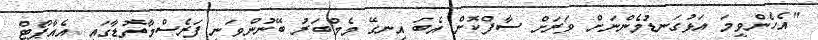
"އެހެންވީމަ އަޅުގަނޑުމެންނަށް ވަރަށް ސާފްކޮށް އެބަ އިނގޭ މެމްބަރު ބޭނުންވަނީ ފަރެސްމާތޮޑާގައި އެއާޕޯޓް